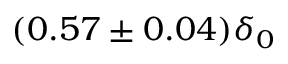
( 0 . 5 7 \pm 0 . 0 4 ) \delta _ { 0 }